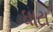
ઘાટા